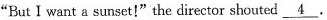
"But I want a sunset!"the director shouted \underline{4}.